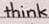
think